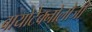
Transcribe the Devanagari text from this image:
बायोटेक्नोलोजी